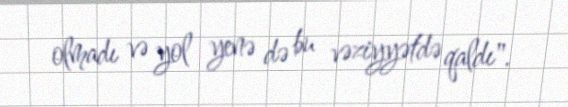
olmadı və yol yenə də bu vəziyyətdə qaldı".